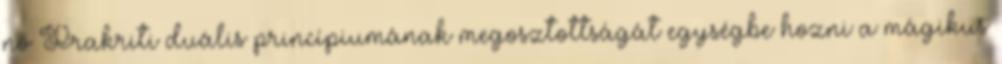
nő Prakriti duális princípiumának megosztottságát egységbe hozni a mágikus